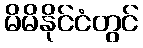
မိမိနိုင်ငံတွင်